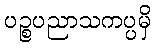
ပဉ္စပညာသကပ္ပမှိ